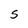
Character: S